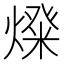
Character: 𤍝